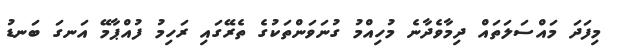
މިފަދަ މައްސަލަތައް ދިމާވެދާނެ މުހިއްމު ގުނަވަންތަކުގެ ތެރޭގައި ރަހިމު ފުއްޕާމޭ އަނގަ ބަނޑު